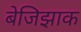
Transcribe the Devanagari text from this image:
बेजिझाक